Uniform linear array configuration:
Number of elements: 64
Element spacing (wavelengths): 0.5
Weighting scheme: exponential
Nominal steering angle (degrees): -45
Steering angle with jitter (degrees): -45.495
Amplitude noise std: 0.05
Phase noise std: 0.05

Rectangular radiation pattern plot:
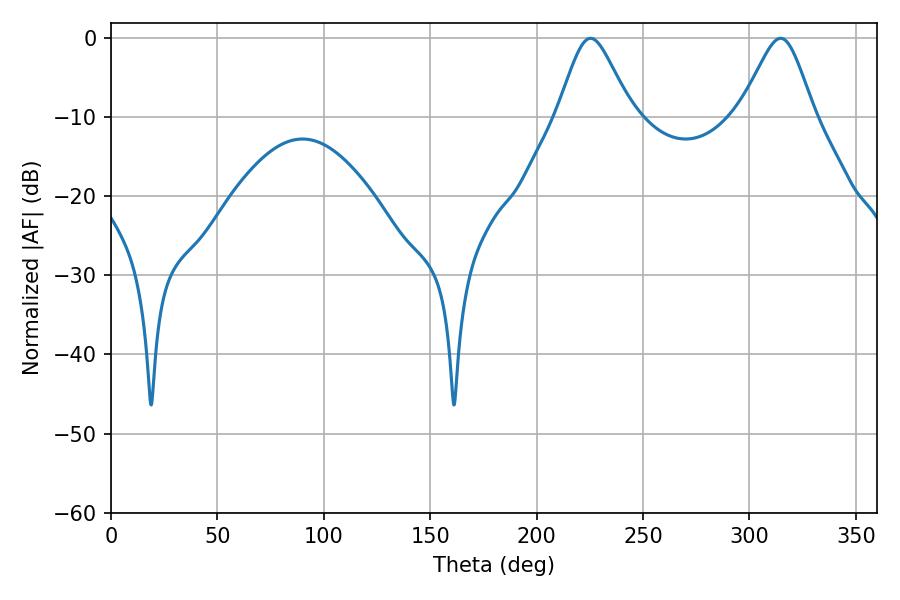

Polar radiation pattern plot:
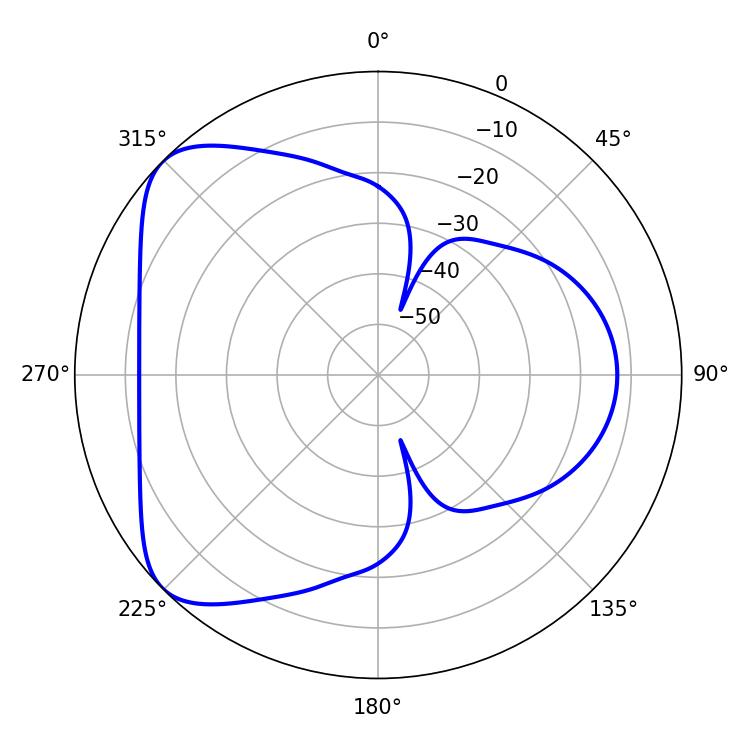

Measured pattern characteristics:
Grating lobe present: FALSE
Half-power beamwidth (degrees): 16.92
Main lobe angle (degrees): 225.36